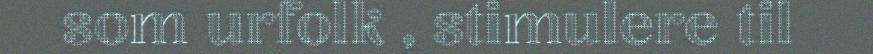
som urfolk , stimulere til